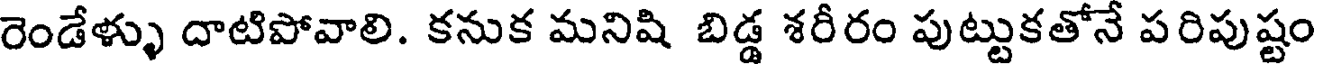
రెండేళ్ళు దాటిపోవాలి. కనుక మనిషి బిడ్డ శరీరం పుట్టుకతోనే పరిపుష్టం